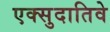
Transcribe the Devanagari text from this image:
एक्सुदातिवे